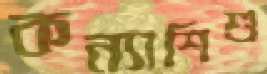
কন্যাশিশু